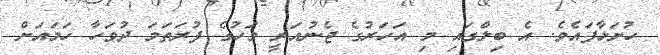
ހުށަަަޅާފައެވެ. އެ ބިލްގަައި މި އަހަރުގެ ޖެނުއަރީ މަހުގެ ފުރަތަމަ ދުވަހާ ހަމައަށް